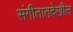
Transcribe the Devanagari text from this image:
संगीतातदेखील